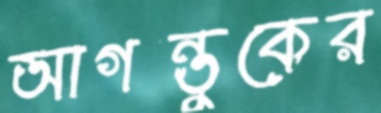
আগন্তুকের